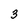
Character: 3